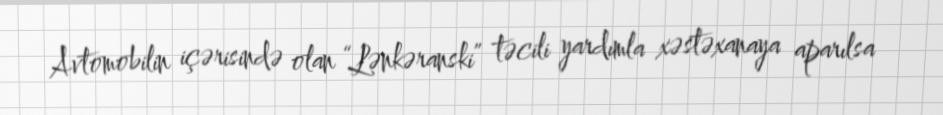
Avtomobilin içərisində olan “Lənkəranski” təcili yardımla xəstəxanaya aparılsa